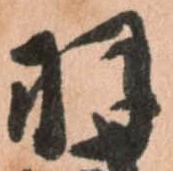
羽